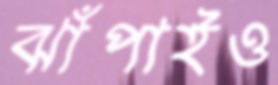
ঝাঁপাইও